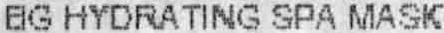
BG HYDRATING SPA MASK